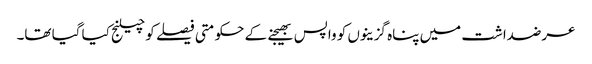
عرضداشت میں پناہ گزینوں کو واپس بھیجنے کے حکومتی فیصلے کو چیلنج کیا گیا تھا۔